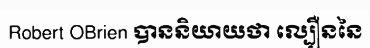
Robert OBrien បាននិយាយថា ល្បឿននៃ